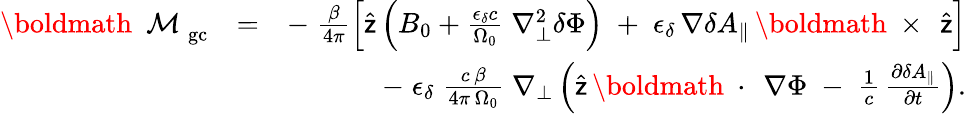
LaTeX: \begin{array}{rlr}{\mathrm{\boldmath~\cal~M~}_{\mathrm{gc}}}&{=}&{-\; \frac{\beta}{4\pi}\left[\widehat{\sf z}\left(B_{0}+\frac{\epsilon_{\delta}c}{\Omega_{0}}\; \nabla_{\bot}^{2}\delta\Phi\right)\; +\; \epsilon_{\delta}\, \nabla\delta A_{\| }\, \mathrm{\boldmath~\times~}\, \widehat{\sf z}\right]}\\ &{}&{-\; \epsilon_{\delta}\; \frac{c\, \beta}{4\pi\, \Omega_{0}}\; \nabla_{\bot}\left(\widehat{\sf z}\, \mathrm{\boldmath~\cdot~}\, \nabla\Phi\; -\; \frac{1}{c}\, \frac{\partial\delta A_{\| }}{\partial t}\right).}\end{array}